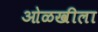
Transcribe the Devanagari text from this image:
ओळखीला